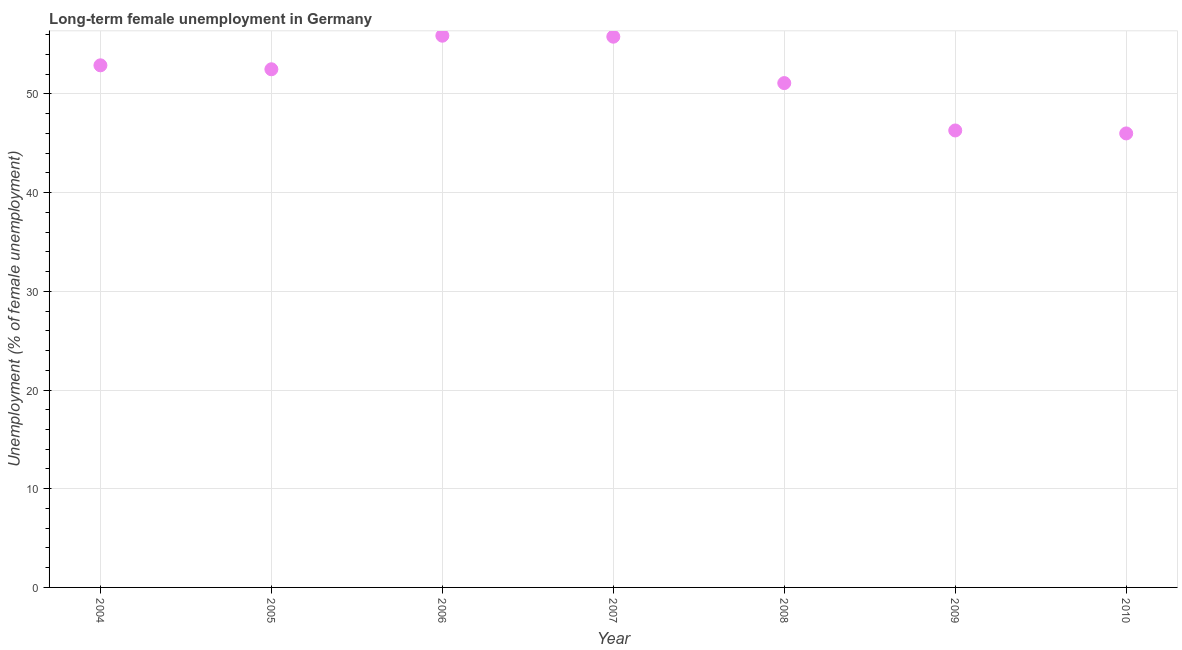
| Year | Long-term unemployment female |
 | --- | --- |
 | 2004 | 52.9 |
 | 2005 | 52.5 |
 | 2006 | 55.9 |
 | 2007 | 55.8 |
 | 2008 | 51.1 |
 | 2009 | 46.3 |
 | 2010 | 46 |